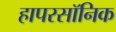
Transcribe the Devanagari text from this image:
हापरसॉनिक